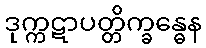
ဒုက္ကဋာပတ္တိက္ခန္ဓေန